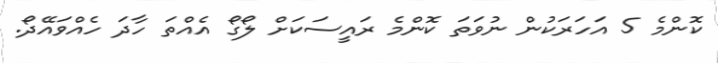
ކޮންމެ 5 އަހަރަކުން ނުވަތަ ކޮންމެ ރައީސަކަށް ލޯގޯ އެއްތަ ހާދަ ހެއްވައޭދޯ.